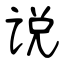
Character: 说